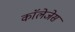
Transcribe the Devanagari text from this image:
काॅलेजेस